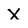
Character: X